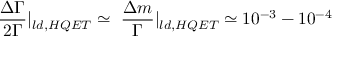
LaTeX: \frac { \Delta \Gamma } { 2 \Gamma } | _ { l d , H Q E T } \simeq ~ \frac { \Delta m } { \Gamma } | _ { l d , H Q E T } \simeq 1 0 ^ { - 3 } - 1 0 ^ { - 4 }